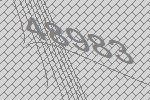
48983